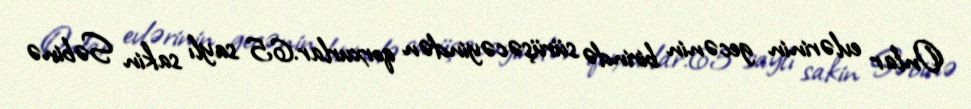
Onlar evlərinin gecənin birində sürüşəcəyindən qorxurlar.65 saylı sakin Səbinə